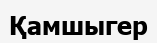
Қамшыгер